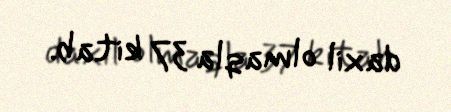
daxil olmaqla 37 kitab.